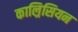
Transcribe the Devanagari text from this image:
काल्रिसियन